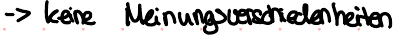
-> keine Meinungsverschiedenheiten